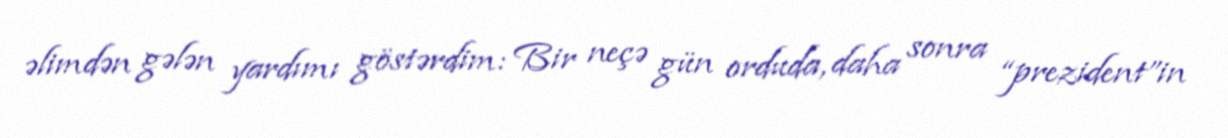
əlimdən gələn yardımı göstərdim: Bir neçə gün orduda, daha sonra “prezident”in